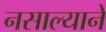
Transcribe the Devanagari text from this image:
नसाल्याने